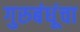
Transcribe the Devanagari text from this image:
गुरुबंधूंचा